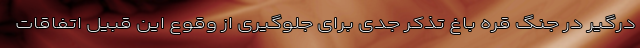
درگیر در جنگ قره باغ تذکر جدی برای جلوگیری از وقوع این قبیل اتفاقات